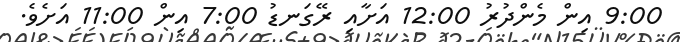
9:00 އިން މެންދުރު 12:00 އަށާއި ރޭގަނޑު 7:00 އިން 11:00 އަށެވެ.